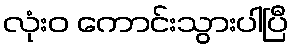
လုံးဝ ကောင်းသွားပါပြီ